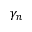
\gamma _ { n }